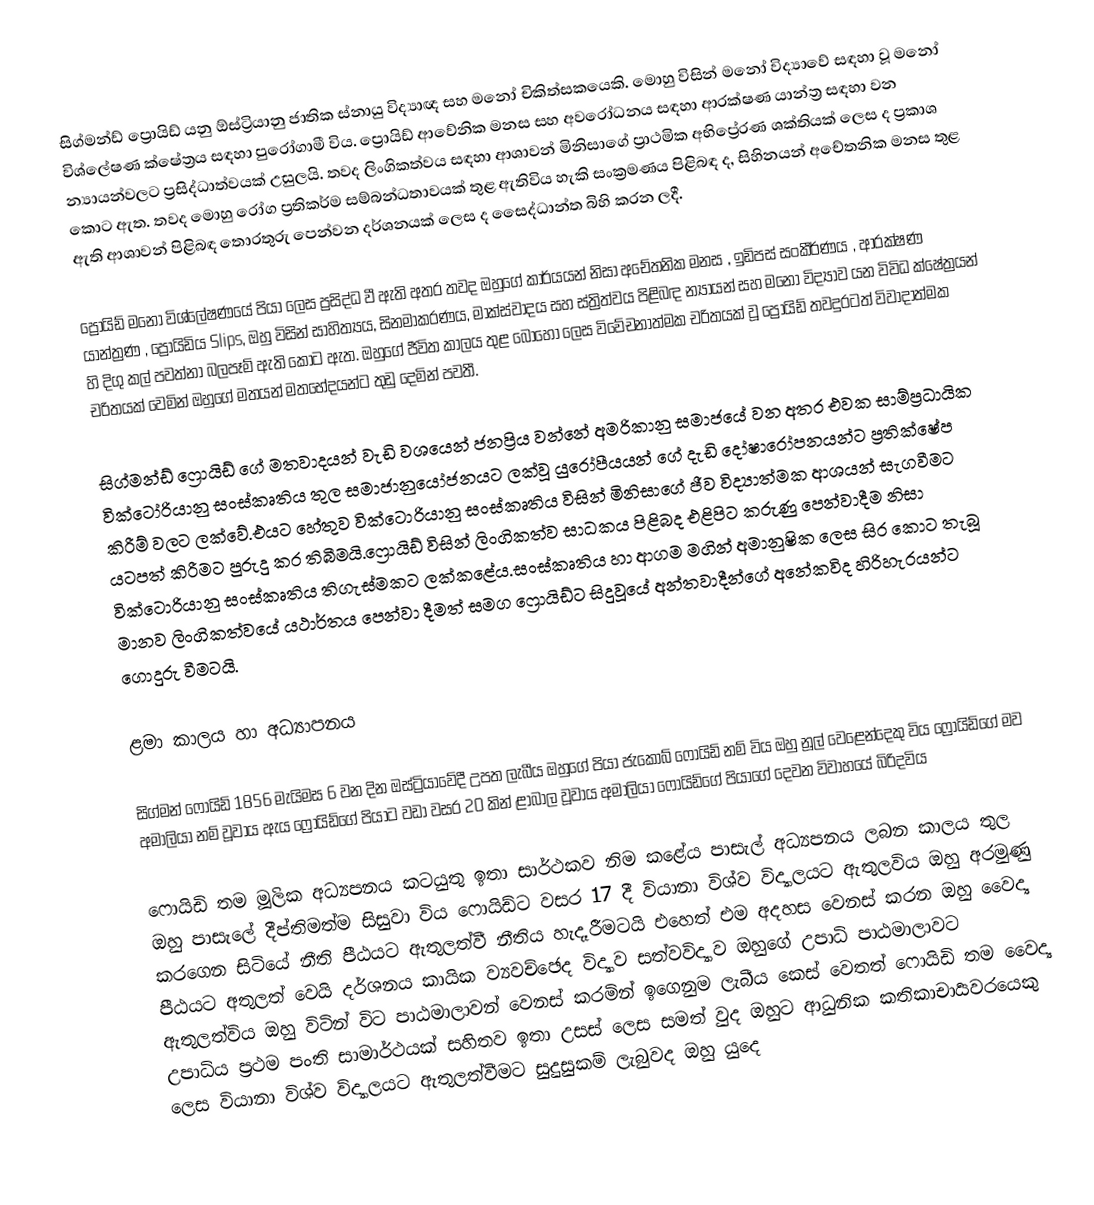
සිග්මන්ඩ් ප්‍රොයිඩ් යනු ඕස්ට්‍රියානු ජාතික ස්නායු විද්‍යාඥ සහ මනෝ චිකිත්සකයෙකි. මොහු විසින් මනෝ විද්‍යාවේ සඳහා වූ මනෝ විශ්ලේෂණ ක්ෂේත්‍රය සඳහා පුරෝගාමී විය. ප්‍රොයිඩ් ආවේනික මනස සහ අවරෝධනය සඳහා ආරක්ෂණ යාන්ත්‍ර සඳහා වන න්‍යායන්වලට ප්‍රසිද්ධාත්වයක් උසුලයි. තවද ලිංගිකත්වය සඳහා ආශාවන් මිනිසාගේ ප්‍රාථමික අභිප්‍රේරණ ශක්තියක් ලෙස ද ප්‍රකාශ කොට ඇත. තවද මොහු රෝග ප්‍රතිකර්ම සම්බන්ධතාවයක් තුළ ඇතිවිය හැකි සංක්‍රමණය පිළිබඳ ද, සිහිනයන් අචේතනික මනස තුළ ඇති ආශාවන් පිළිබඳ තොරතුරු පෙන්වන දර්ශනයක් ලෙස ද සෛද්ධාන්ත බිහි කරන ලදී.

ප්‍රොයිඩ් මනෝ විශ්ලේෂණයේ පියා ලෙස ප්‍රසිද්ධ වී ඇති අතර තවද ඔහුගේ කාර්යයන් නිසා අචේතනික මනස , ඉඩිපස් සංකීර්ණය , ආරක්ෂණ යාන්ත්‍රණ , ප්‍රොයිඩිය Slips, ඔහු විසින් සාහිත්‍යය, සිනමාකරණය, මාක්ස්වාදය සහ ස්ත්‍රිත්වය පිළිබඳ න්‍යායන් සහ මනෝ විද්‍යාව යන විවිධ ක්ෂේත්‍රයන් හි දිගු කල් පවත්නා බලපෑම් ඇති කොට ඇත. ඔහුගේ ජීවිත කාලය තුළ බොහෝ ලෙස විවේචනාත්මක චරිතයක් වූ ප්‍රොයිඩ් තවදුරටත් විවාදාත්මක චරිතයක් වෙමින් ඔහුගේ මතයන් මතභේදයන්ට තුඩු දෙමින් පවතී.

සිග්මන්ඩ් ෆ්‍රොයිඩ් ගේ මතවාදයන් වැඩි වශයෙන් ජනප්‍රිය වන්නේ අමරිකානු සමාජයේ වන අතර එවක සාම්ප්‍රධායික වික්ටෝරියානු සංස්කෘතිය තුල සමාජානුයෝජනයට ලක්වූ යුරෝපීයයන් ගේ දැඩි දෝෂාරෝපනයන්ට ප්‍රතික්ෂේප කිරීම් වලට ලක්වේ.එයට හේතුව වික්ටොරියානු සංස්කෘතිය විසින් මිනිසාගේ ජීව විද්‍යාත්මක ආශයන් සැගවීමට යටපත් කිරීමට පුරුදු කර තිබීමයි.ෆ්‍රොයිඩ් විසින් ලිංගිකත්ව සාධකය පිළිබද එළිපිට කරුණු පෙන්වාදීම නිසා වික්ටොරියානු සංස්කෘතිය තිගැස්මකට ලක්කළේය.සංස්කෘතිය හා ආගම මගින් අමානුෂික ලෙස සිර කොට තැබූ මානව ලිංගිකත්වයේ යථාර්තය පෙන්වා දීමත් සමග ෆ්‍රොයිඩ්ට සිදුවූයේ අන්තවාදීන්ගේ අනේකවිද හිරිහැරයන්ට ගොදුරු වීමටයි.

ළමා කාලය හා අධ්‍යාපනය

සිග්මන් ෆොයිඩ් 1856 මැයිමස 6 වන දින ඔස්ට්‍රියාවේදී උපත ලැබීය ඔහුගේ පියා ජැකොබ් ෆොයිඩ් නම් විය ඔහු නූල් වෙළෙන්දෙකු විය ෆ්‍රොයිඩ්ගේ මව අමාලියා නම් වූවාය ඇය ෆ්‍රොයිඩ්ගේ පියාට වඩා වසර 20 කින් ළාබාල වූවාය අමාලියා ෆොයිඩ්ගේ පියාගේ දෙවන විවාහයේ බිරිදවිය

ෆොයිඩි තම මූලික අධ්‍යපනය කටයුතු ඉතා සාර්ථකව නිම කළේය පාසැල් අධ්‍යපනය ලබන කාලය තුල ඔහු පාසැලේ දීප්තිමත්ම සිසුවා විය ෆොයිඩ්ට වසර 17 දී වියානා විශ්ව විද්‍යාලයට ඇතුලවිය ඔහු අරමුණු කරගෙන සිටියේ නීති පීඨයට ඇතුලත්වී නීතිය හැදෑරීමටයි එහෙත් එම අදහස වෙනස් කරන ඔහු වෛද්‍ය පීඨයට අතුලත් වෙයි දර්ශනය කායික ව්‍යවච්ඡෙද විද්‍යාව සත්වවිද්‍යාව ඔහුගේ උපාධි පාඨමාලාවට ඇතුලත්විය ඔහු විටින් විට පාඨමාලාවන් වෙනස් කරමින් ඉගෙනුම ලැබීය කෙස් වෙතත් ෆොයිඩි තම වෛද්‍ය උපාධිය ප්‍රථම පංති සාමාර්ථයක් සහිතව ඉතා උසස් ලෙස සමත් වුද ඔහුට ආධුනික කතිකාචාර්‍යවරයෙකු ලෙස වියානා විශ්ව විද්‍යාලයට ඇතුලත්වීමට සුදුසුකම් ලැබුවද ඔහු යුදෙ